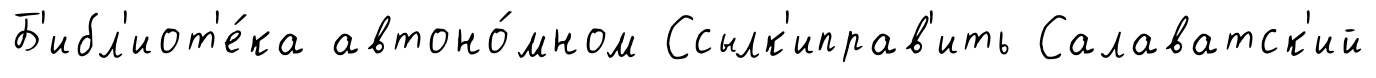
Б'ибл'иот'е́ка автоно́мном Ссылк'иправ'ить Салаватск'ий